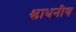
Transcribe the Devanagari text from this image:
श्लाधनीय